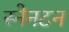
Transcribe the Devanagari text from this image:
स्नेनटन